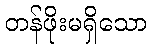
တန်ဖိုးမရှိသော